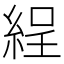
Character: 𦀚